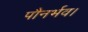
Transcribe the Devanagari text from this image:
पौनर्भव।